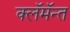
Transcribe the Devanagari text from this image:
क्लॅमॅन्त